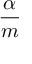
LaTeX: \frac { \alpha } { m }